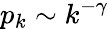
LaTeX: p_{k}\sim k^{-\gamma}